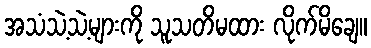
အသံသဲ့သဲ့များကို သူသတိမထား လိုက်မိချေ။